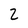
Character: 2